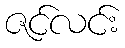
ဇင်လင်း